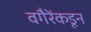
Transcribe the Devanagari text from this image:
वगैरेंकडून